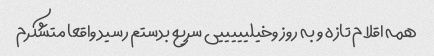
همه اقلام تازه و به روز وخیلیییییی سریع بدستم رسید واقعا متشکرم